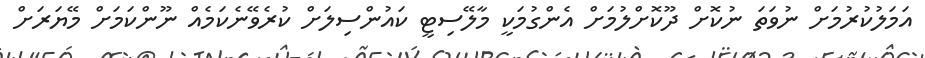
އަމަލުކުރުމަށް ނުވަތަ ނުކޮށް ދޫކޮށްލުމަށް އެންގުމަކީ މާލޭސިޓީ ކައުންސިލަށް ކުރެވޭނެކަމެއް ނޫންކަމަށް މޭޔަރަށް